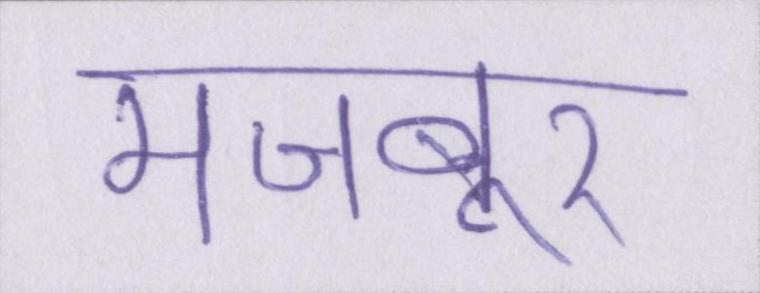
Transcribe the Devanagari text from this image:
मजबूर